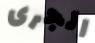
الجرى